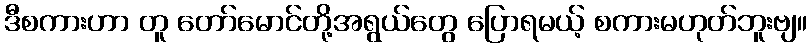
ဒီစကားဟာ တူ တော်မောင်တို့အရွယ်တွေ ပြောရမယ့် စကားမဟုတ်ဘူးဗျ။